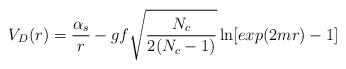
LaTeX: \begin{align*}V_D(r)={\alpha_s \over r}-gf\sqrt{N_c\over{2(N_c-1)}}\ln[exp(2mr)-1]\qquad\end{align*}